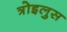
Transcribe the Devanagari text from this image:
त्रोइलुस